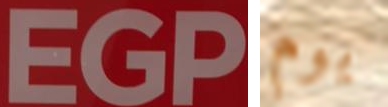
EGP يوم